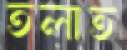
তলাত